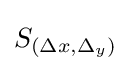
S_{(\Delta x,\Delta _{y})}